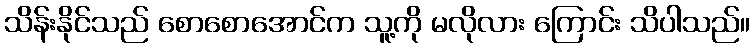
သိန်းနိုင်သည် စောစောအောင်က သူ့ကို မလိုလား ကြောင်း သိပါသည်။